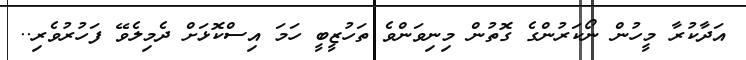
އަދާކުރާ މީހުން ނޯކަރުންގެ ގޮތުން މިނިވަންވެ ތަހުޒީބީ ހަމަ އިސްކޮޅަށް ދެމިލެވޭ ފަހުރުވެރި..